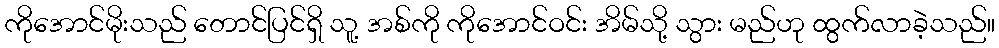
ကိုအောင်မိုးသည် တောင်ပြင်ရှိ သူ့ အစ်ကို ကိုအောင်ဝင်း အိမ်သို့ သွား မည်ဟု ထွက်လာခဲ့သည်။